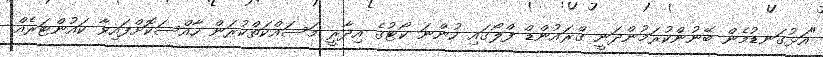
"އަޅުގަނޑުމެން ބޭނުންކުރަމުންދަނީ ގްރައުންޑް ފްލޯގައި ހުންނަ ކޯޓުގެ އިދާރީ މަސައްކަތްކުރަން ހާއްސަކޮށްފައިވާ ކައުންޓަރެއް.